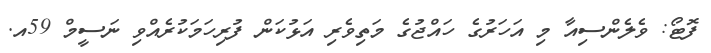
ފޮޓޯ: ވެލެންސިއާ މި އަހަރުގެ ހައްޖުގެ މަތިވެރި އަޅުކަން ފުރިހަމަކުރެއްވި ނަސީމް 59އ.